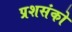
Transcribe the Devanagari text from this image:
प्रशसंको